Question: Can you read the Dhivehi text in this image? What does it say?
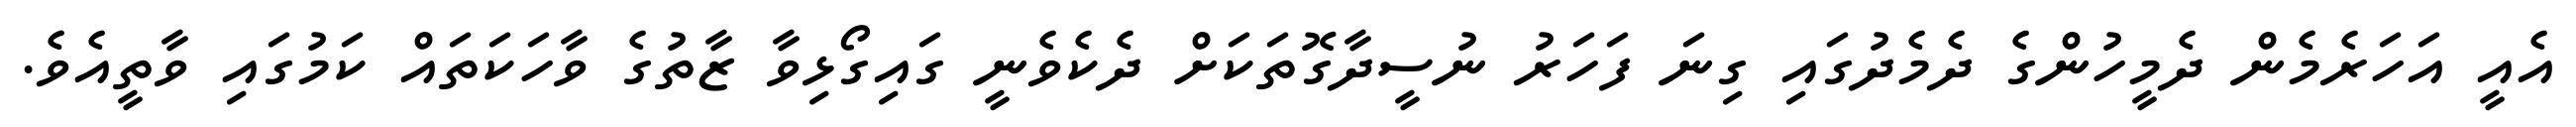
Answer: އެއީ އަހަރެމެން ދެމީހުންގެ ދެމެދުގައި ގިނަ ފަހަރު ނުސީދާގޮތަކަށް ދެކެވެނީ ގައިގޯޅިވާ ޒާތުގެ ވާހަކަތައް ކަމުގައި ވާތީއެވެ.